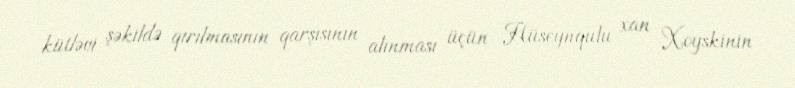
kütləvi şəkildə qırılmasının qarşısının alınması üçün Hüseynqulu xan Xoyskinin